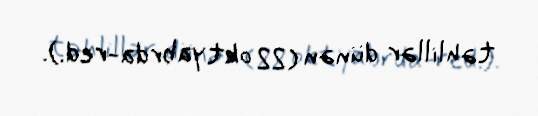
təhlillər dünən (22 oktyabrda-red.).